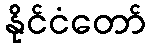
နိုင်ငံတော်